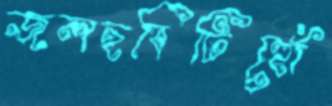
জলছবিটিহোঁ